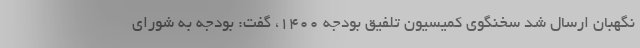
نگهبان ارسال شد سخنگوی کمیسیون تلفیق بودجه ۱۴۰۰، گفت: بودجه به شورای